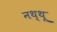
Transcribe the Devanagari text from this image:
नथ्थू